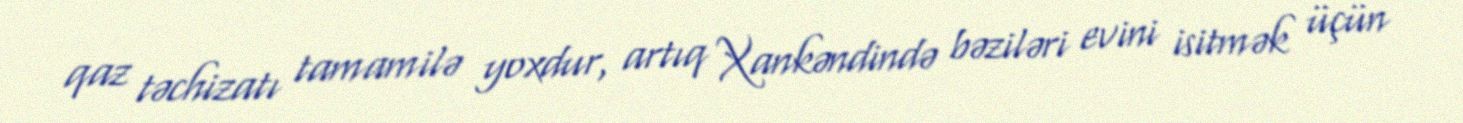
qaz təchizatı tamamilə yoxdur, artıq Xankəndində bəziləri evini isitmək üçün